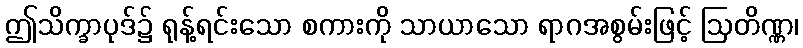
ဤသိက္ခာပုဒ်၌ ရုန့်ရင်းသော စကားကို သာယာသော ရာဂအစွမ်းဖြင့် ဩတိဏ္ဏ၊